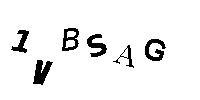
1VBSAG